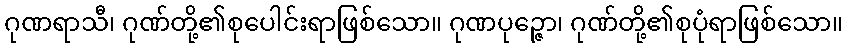
ဂုဏရာသီ၊ ဂုဏ်တို့၏စုပေါင်းရာဖြစ်သော။ ဂုဏပုဉ္ဇော၊ ဂုဏ်တို့၏စုပုံရာဖြစ်သော။